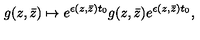
g ( z , \bar { z } ) \mapsto e ^ { \epsilon ( z , \bar { z } ) t _ { 0 } } g ( z , \bar { z } ) e ^ { \epsilon ( z , \bar { z } ) t _ { 0 } } ,